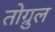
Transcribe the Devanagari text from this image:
तोग्रुल